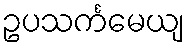
ဥပသင်္ကမေယျ